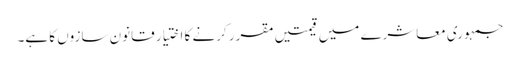
جمہوری معاشرے میں قیمتیں مقرر کرنے کا اختیار قانون سازوں کا ہے۔